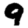
Digit: 9